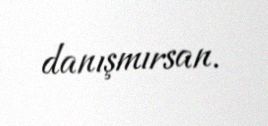
danışmırsan.